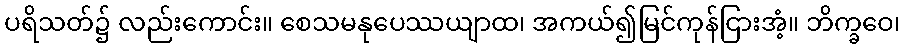
ပရိသတ်၌ လည်းကောင်း။ စေသမနုပေဿယျာထ၊ အကယ်၍မြင်ကုန်ငြားအံ့။ ဘိက္ခဝေ၊